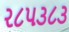
ર૮પ૩૮૩